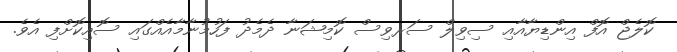
ކޮލެޖް އޮފް އިންޑިޔާއާއި ސިވިލް ސަރވިސް ކޮމިޝަނާ ދެމެދު ފަހުމުނާމާއެއްގައި ސޮއިކޮށްފި އެވެ.